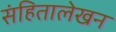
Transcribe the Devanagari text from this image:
संहितालेखन